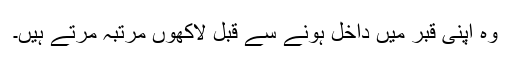
وہ اپنی قبر میں داخل ہونے سے قبل لاکھوں مرتبہ مرتے ہیں۔